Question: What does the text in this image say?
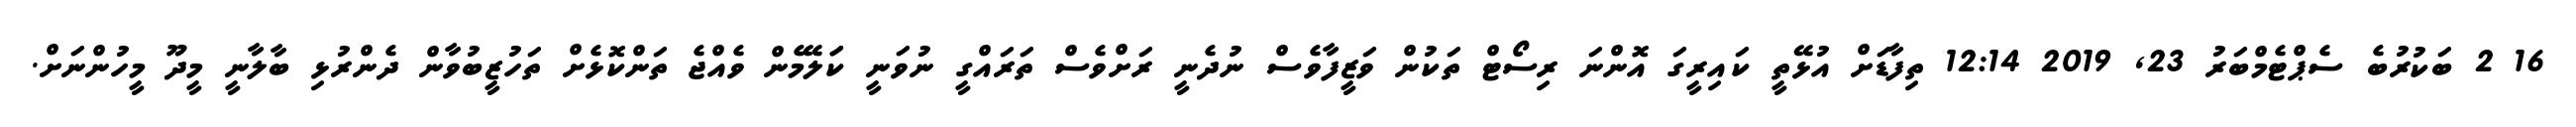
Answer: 16 2 ބަކުރުބެ ސެޕްޓެމްބަރު 23, 2019 12:14 ތިފާޑަށް އުޅޭތީ ކައިރީގަ އޮންނަ ރިސޯޓް ތަކުން ވަޒީފާވެސް ނުދެނީ ރަށްވެސް ތަރައްގީ ނުވަނީ ކަަލޭމެން ވެއްޖެ ތަންކޮޅެށް ތަހުޒީބުވާން ދެންރުޅި ބާލާނީ މީދޫ މީހުންނަށް.